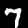
Label: 7